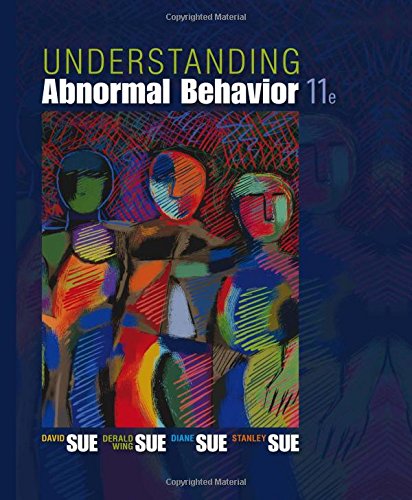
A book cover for Understanding Abnormal Behavior; David Sue; Health, Fitness & Dieting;